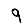
Digit: 9